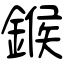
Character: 鍭